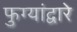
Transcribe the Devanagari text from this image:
फुग्यांद्वारे